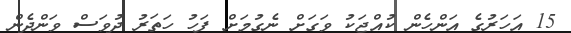
15 އަހަރުގެ އަންހެން ކުއްޖަކު ވަގަށް ނެގުމަށް ފަހު ހަތަރު ދުވަސް ވަންދެން